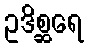
ဥဒိစ္ဆရေ